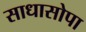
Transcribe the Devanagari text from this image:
साधासोपा